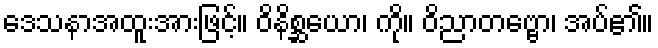
ဒေသနာအထူးအားဖြင့်။ ဝိနိစ္ဆယော၊ ကို။ ဝိညာတဗ္ဗော၊ အပ်၏။